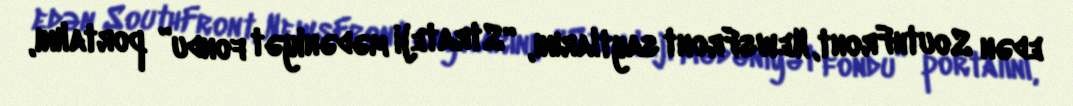
edən SouthFront, NewsFront saytlarını, “Strateji mədəniyət fondu” portalını,